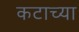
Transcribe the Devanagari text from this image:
कटाच्या